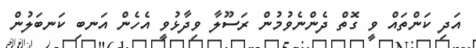
އަދި ކަންތައް ވީ ގޮތް ދެންނެވުމުން ރަސޫލާ ވިދާޅުވީ އެހެން އަނބި ކަނބަލުން